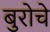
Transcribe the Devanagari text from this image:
बुरोचे